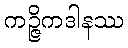
ကဉ္ဇိကဒါနဿ